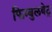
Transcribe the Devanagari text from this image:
फिम्बुलवेट्र